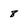
Character: 8